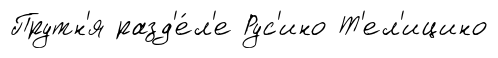
Прутн'я разд'е́л'е Рус'ино Т'ел'ицино